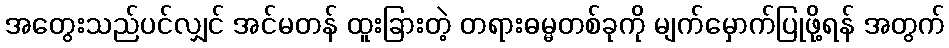
အတွေးသည်ပင်လျှင် အင်မတန် ထူးခြားတဲ့ တရားဓမ္မတစ်ခုကို မျက်မှောက်ပြုဖို့ရန် အတွက်